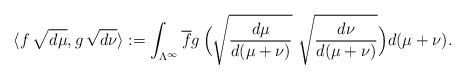
LaTeX: \begin{align*}\langle f\,\sqrt{d\mu} , g\,\sqrt{d\nu}\rangle := \int_{\Lambda^\infty} \overline{f} g\, \Big( \sqrt{\frac{d\mu}{d(\mu + \nu)}}\ \sqrt{\frac{d\nu}{d(\mu + \nu) }}\Big) {{d(\mu + \nu)}}.\end{align*}